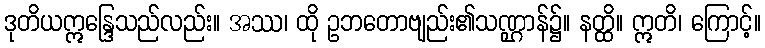
ဒုတိယဣန္ဒြေသည်လည်း။ အဿ၊ ထို ဥဘတောဗျည်း၏သဏ္ဌာန်၌။ နတ္ထိ။ ဣတိ၊ ကြောင့်။